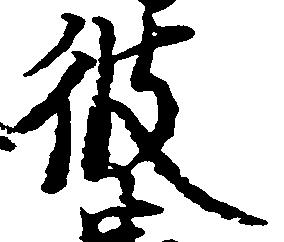
彼